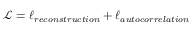
\mathcal { L } = \ell _ { r e c o n s t r u c t i o n } + \ell _ { a u t o c o r r e l a t i o n }